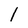
Character: 1